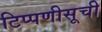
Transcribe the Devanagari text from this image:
टिप्पणीसूची